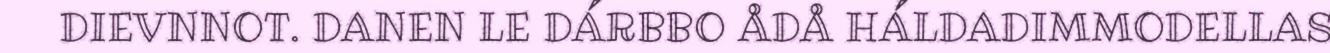
DIEVNNOT. DANEN LE DÁRBBO ÅDÅ HÁLDADIMMODELLAS